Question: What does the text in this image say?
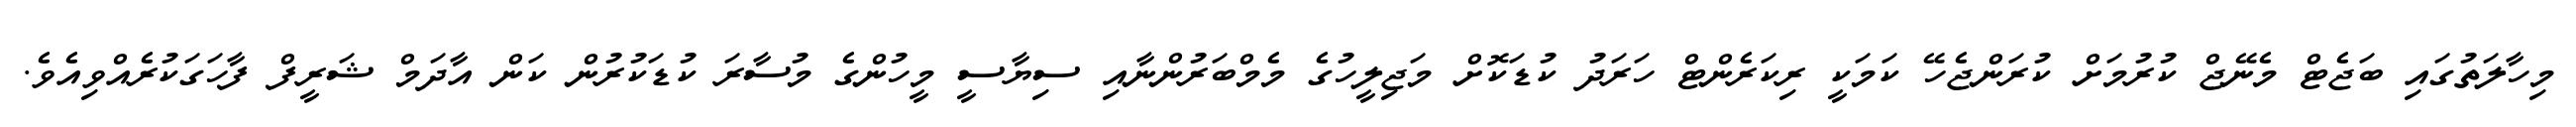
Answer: މިހާލަތުގައި ބަޖެޓް މެނޭޖް ކުރުމަށް ކުރަންޖެހޭ ކަމަކީ ރިކަރެންޓް ހަރަދު ކުޑަކޮށް މަޖިލީހުގެ މެމްބަރުންނާއި ސިޔާސީ މީހުންގެ މުސާރަ ކުޑަކުރުން ކަން އާދަމް ޝަރީފް ފާހަގަކުރެއްވިއެވެ.